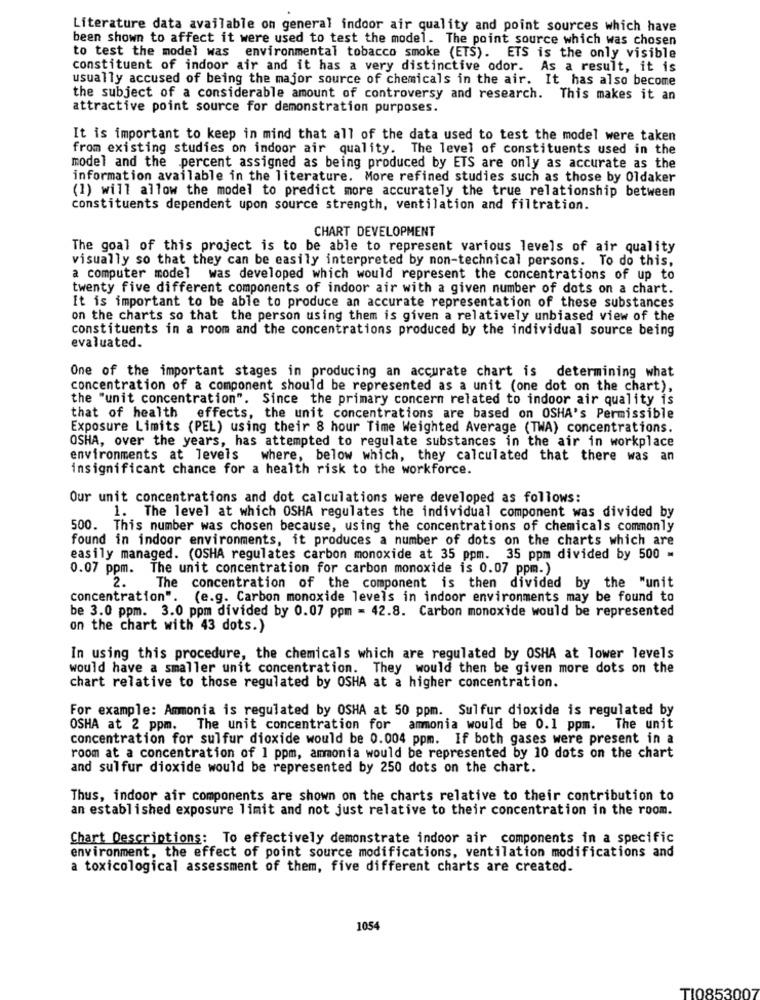
Literature data available on general indoor air quality and point sources which have
been shown to affect it were used to test the model. The point source which was chosen
to test the model was environmental tobacco smoke (ETS). ETS is the only visible
constituent of indoor air and it has a very distinctive odor. As a result, it is
usually accused of being the major source of chemicals in the air. It has also become
the subject of a considerable amount of controversy and research. This makes it an
attractive point source for demonstration purposes.
It is important to keep in mind that all of the data used to test the model were taken
from existing studies on indoor air quality. The level of constituents used in the
model and the percent assigned as being produced by ETS are only as accurate as the
information available in the literature. More refined studies such as those by Oldaker
(1) will allow the model to predict more accurately the true relationship between
constituents dependent upon source strength, ventilation and filtration.
CHART DEVELOPMENT
The goal of this project is to be able to represent various levels of air quality
visually so that they can be easily interpreted by non-technical persons. To do this,
a computer model was developed which would represent the concentrations of up to
twenty five different components of indoor air with a given number of dots on a chart.
It is important to be able to produce an accurate representation of these substances
on the charts so that the person using them is given a relatively unbiased view of the
constituents in a room and the concentrations produced by the individual source being
evaluated.
One of the important stages in producing an accurate chart is determining what
concentration of a component should be represented as a unit (one dot on the chart),
the "unit concentration". Since the primary concern related to indoor air quality is
that of health effects, the unit concentrations are based on OSHA's Permissible
Exposure Limits (PEL) using their 8 hour Time Weighted Average (TWA) concentrations.
OSHA, over the years, has attempted to regulate substances in the air in workplace
environments at levels
where, below which, they calculated that there was an
insignificant chance for a health risk to the workforce.
Our unit concentrations and dot calculations were developed as follows:
1. The level at which OSHA regulates the individual component was divided by
500. This number was chosen because, using the concentrations of chemicals commonly
found in indoor environments, it produces a number of dots on the charts which are
easily managed. (OSHA regulates carbon monoxide at 35 ppm. 35 ppm divided by 500 =
0.07 ppm.
The unit concentration for carbon monoxide is 0.07 ppm.)
2.
The concentration of the component is then divided by the "unit
concentration". (e.g. Carbon monoxide levels in indoor environments may be found to
be 3.0 ppm. 3.0 ppm divided by 0.07 ppm = 42.8. Carbon monoxide would be represented
on the chart with 43 dots.)
In using this procedure, the chemicals which are regulated by OSHA at lower levels
would have a smaller unit concentration. They would then be given more dots on the
chart relative to those regulated by OSHA at a higher concentration.
For example: Ammonia is regulated by OSHA at 50 ppm. Sulfur dioxide is regulated by
OSHA at 2 ppm. The unit concentration for ammonia would be 0.1 ppm. The unit
concentration for sulfur dioxide would be 0.004 ppm. If both gases were present in a
room at a concentration of 1 ppm, ammonia would be represented by 10 dots on the chart
and sulfur dioxide would be represented by 250 dots on the chart.
Thus, indoor air components are shown on the charts relative to their contribution to
an established exposure limit and not just relative to their concentration in the room.
Chart Descriptions: To effectively demonstrate indoor air components in a specific
environment, the effect of point source modifications, ventilation modifications and
a toxicological assessment of them, five different charts are created.
1054
TI0853007